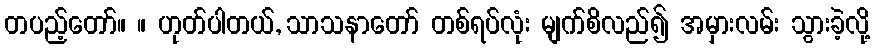
တပည့်တော်။ ။ ဟုတ်ပါတယ်, သာသနာတော် တစ်ရပ်လုံး မျက်စိလည်၍ အမှားလမ်း သွားခဲ့လို့